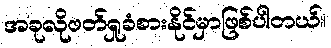
အခုလိုဖတ်ရှုခံစားနိုင်မှာဖြစ်ပါတယ်။